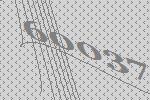
60037